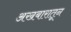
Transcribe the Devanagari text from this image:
अखबारातून